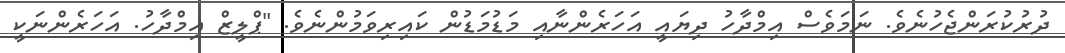
ދުރުކުރަންޖެހުނެވެ. ނަމަވެސް އިމްދާހު ދިޔައީ އަހަރެންނާއި މަޑުމަޑުން ކައިރިވަމުންނެވެ. "ޕްލީޒް އިމްދާހު. އަހަރެންނަކީ